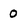
Character: 0